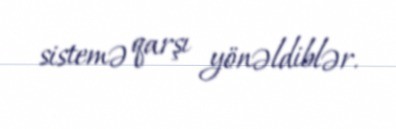
sistemə qarşı yönəldiblər.